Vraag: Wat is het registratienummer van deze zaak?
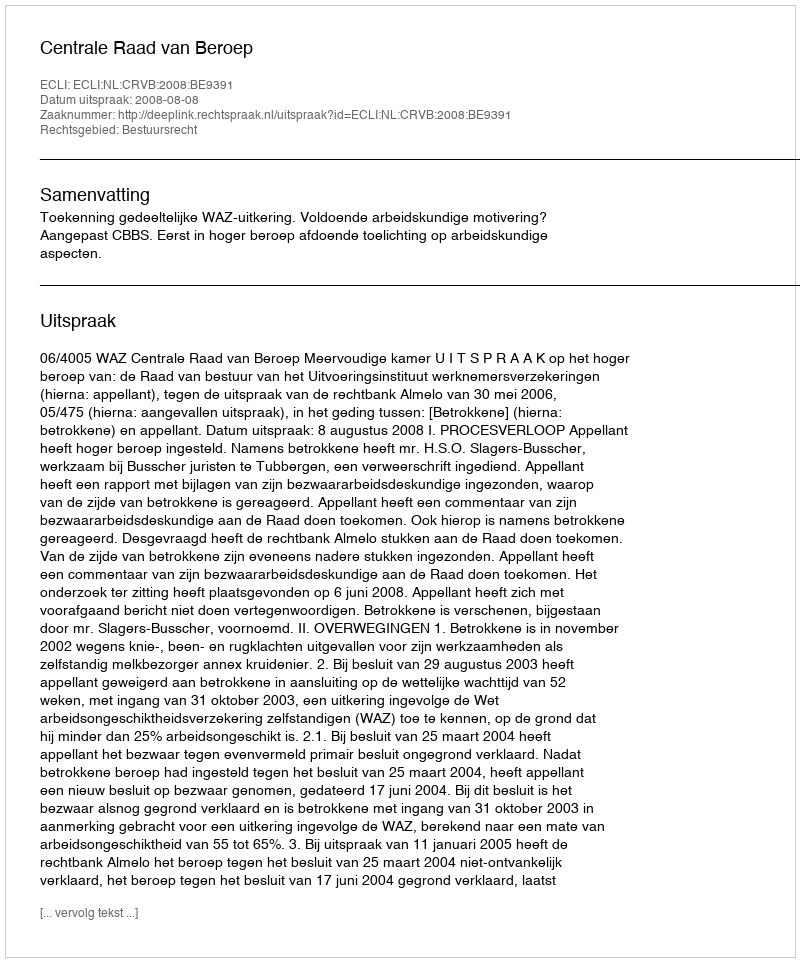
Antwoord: http://deeplink.rechtspraak.nl/uitspraak?id=ECLI:NL:CRVB:2008:BE9391